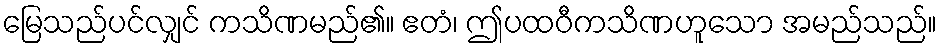
မြေသည်ပင်လျှင် ကသိဏမည်၏။ ဧတံ၊ ဤပထဝီကသိဏဟူသော အမည်သည်။